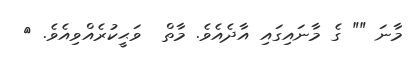
މާނަ "" ގެ މާނައިގައި އާދެއެވެ. މާތް  ވަޙީކުރެއްވިއެވެ. {